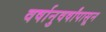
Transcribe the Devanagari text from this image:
वर्षानुवर्षांपासून